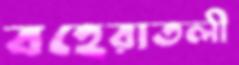
বহেরাতলী